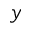
y